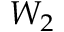
W _ { 2 }